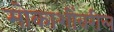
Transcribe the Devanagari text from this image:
मोकाशींवरील